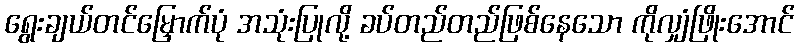
ရွေးချယ်တင်မြှောက်ပုံ အသုံးပြုလို့ ခပ်တည်တည်ဖြစ်နေသော ကိုလျှံဖြိုးအောင်